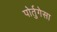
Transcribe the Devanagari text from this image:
पोर्तुगेसा